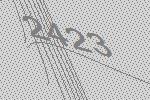
2423